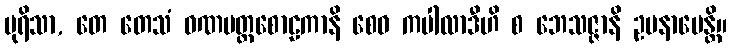
ပုရိသာ, တေ တေသံ ဝဏမတ္တစောဠကာနိ စေဝ ကပါလာဒီဟိ စ ဘေသဇ္ဇာနိ ဥပနာမေန္တိ။